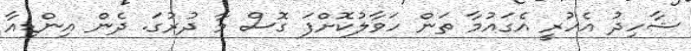
ޝާހިދު އެހުރީ އެގައުމާ ތަން ހަވާލުކޮށްފަ ގޮސް މާ ދުރުގަ. ދެން އިންޑިއާ